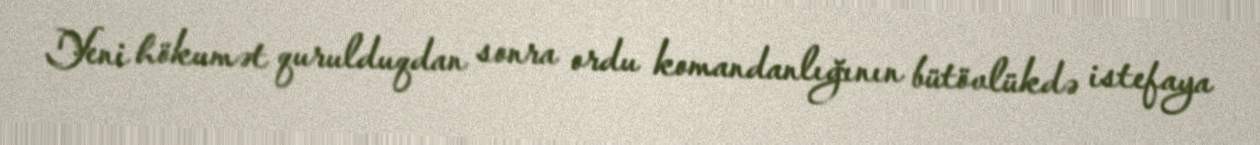
Yeni hökumət qurulduqdan sonra ordu komandanlığının bütövlükdə istefaya